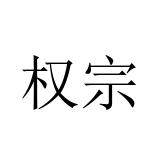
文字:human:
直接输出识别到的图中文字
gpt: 权宗